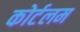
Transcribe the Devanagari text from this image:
कोर्टलम